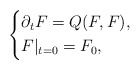
\begin{align*}\left\{\begin{aligned} &\partial_t F=Q(F,F),\\ &F|_{t=0}=F_0,\end{aligned}\right.\end{align*}